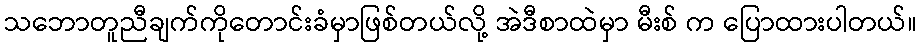
သဘောတူညီချက်ကိုတောင်းခံမှာဖြစ်တယ်လို့ အဲဒီစာထဲမှာ မီးစ် က ပြောထားပါတယ်။